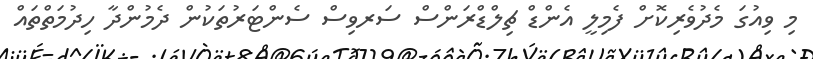
މި ވިއުގަ މެދުވެރިކޮށް ފެމިލީ އެންޑް ޗިލްޑްރަންސް ސަރވިސް ސެންޓަރުތަކުން ދެމުންދާ ހިދުމަތްތައް